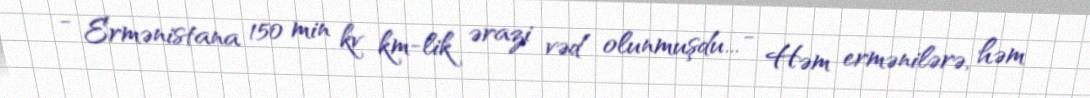
- Ermənistana 150 min kv km-lik ərazi vəd olunmuşdu... - Həm ermənilərə, həm